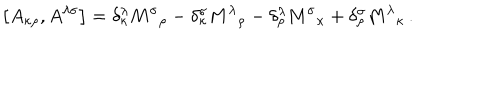
LaTeX: \left[ A _ { \kappa \rho } , A ^ { \lambda \sigma } \right] = \delta _ { \kappa } ^ { \lambda } { M ^ { \sigma } } _ { \rho } - \delta _ { \kappa } ^ { \sigma } { M ^ { \lambda } } _ { \rho } - \delta _ { \rho } ^ { \lambda } { M ^ { \sigma } } _ { \kappa } + \delta _ { \rho } ^ { \sigma } { M ^ { \lambda } } _ { \kappa } \, .